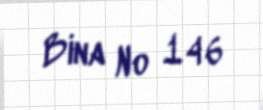
Bina № 146